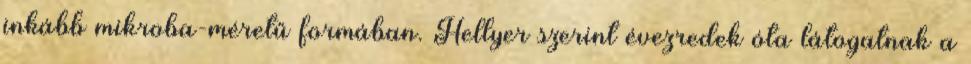
inkább mikroba-méretű formában. Hellyer szerint évezredek óta látogatnak a